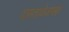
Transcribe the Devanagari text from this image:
दस्तावेजासह